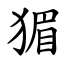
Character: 猸